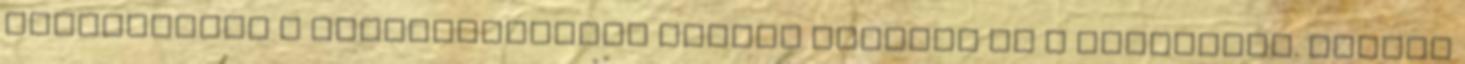
állapotában a módosításokkal együtt fogadja el a közgyűlés. Cserti